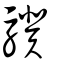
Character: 驥